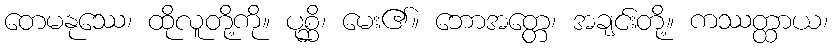
တေမနုဿေ၊ ထိုလူတို့ကို။ ပုစ္ဆိ၊ မေး၏။ ဘောအတ္တေ၊ အချင်းတို့။ ကဿတ္ထာယ၊